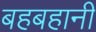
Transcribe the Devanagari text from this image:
बहबहानी